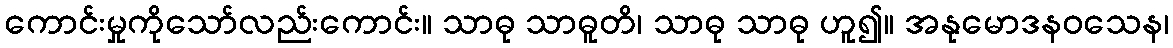
ကောင်းမှုကိုသော်လည်းကောင်း။ သာဓု သာဓူတိ၊ သာဓု သာဓု ဟူ၍။ အနုမောဒနဝသေန၊